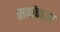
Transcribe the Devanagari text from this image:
सर्वाच्चता